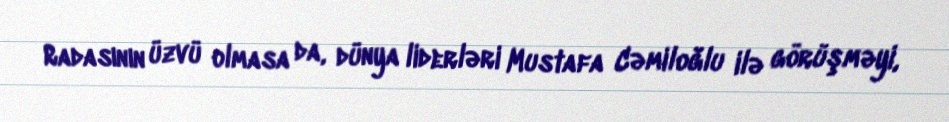
Radasının üzvü olmasa da, dünya liderləri Mustafa Cəmiloğlu ilə görüşməyi,